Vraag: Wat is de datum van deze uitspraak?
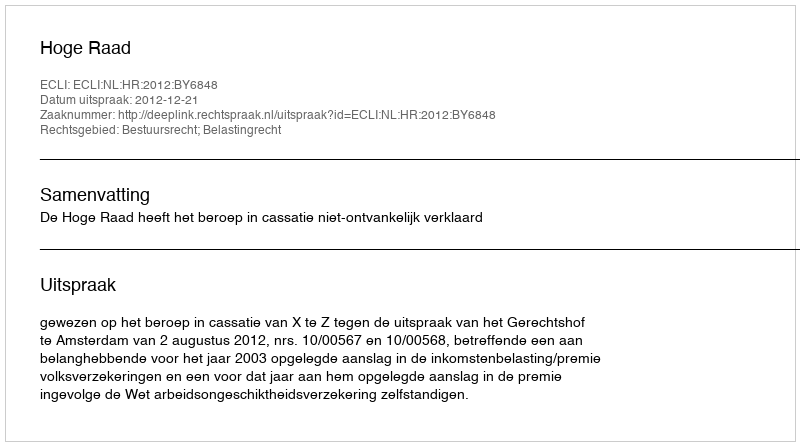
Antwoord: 2012-12-21